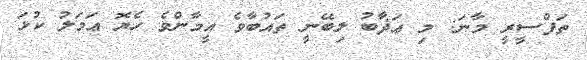
ތަފްސީރީ މާނަ: މި ޢަޛާބު ލިބޭނީ ތައުބާވެ އީމާންވެ ހެޔޮ ޢަމަލު ކުޅަ